Calcutta medical institutions reports 1892-1900
Year: 1892
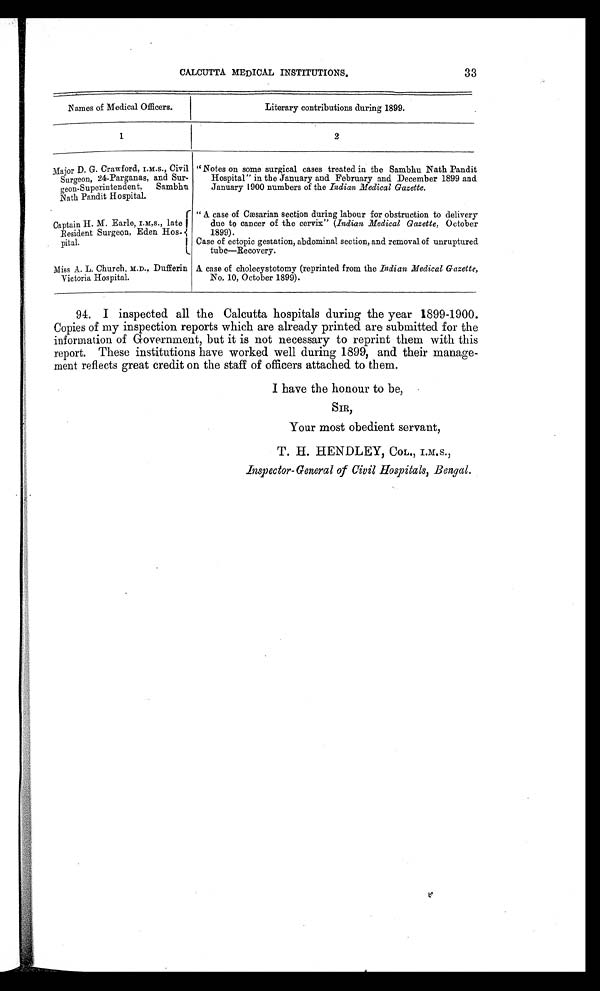
CALCUTTA MEDICAL INSTITUTIONS.
33
Names of Medical Officers.
Literary contributions during 1899.
1
2
Major D. G. Crawford, I. M. S., Civil "Notes on some surgical cases treated in the Sambhu Nath Pandit
Surgeon, 24-Parganas, and Sur-
Hospital" in the January and February and December 1899 and
geon-Superintendent, Sambhu
January 1900 numbers of the Indian Medical Gazette.
Nath Pandit Hospital.
" A case of Cæsarian section during labour for obstruction to delivery
Captain H. M. Earle, I. M. S., late I
due to cancer of the cervix" (Indian Medical Gazette, October
Resident Surgeon, Eden Hos-
1899).
pital.
Case of ectopic gestation, abdominal section, and removal of unruptured
tube—Recovery.
Miss A. L. Church, M.D., Dufferin A case of cholecystotomy (reprinted from the Indian Medical Gazette,
Victoria Hospital.
No. 10, October 1899).
94. I inspected all the Calcutta hospitals during the year 1899-1900.
Copies of my inspection reports which are already printed are submitted for the
information of Government, but it is not necessary to reprint them with this
report. These institutions have worked well during 1899, and their manage-
ment reflects great credit on the staff of officers attached to them.
I have the honour to be,
SIR,
Your most obedient servant,
T. H. HENDLEY, COL., I. M. S.,
Inspector-General of Civil Hospitals, Bengal.